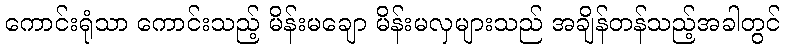
ကောင်းရုံသာ ကောင်းသည့် မိန်းမချော မိန်းမလှများသည် အချိန်တန်သည့်အခါတွင်